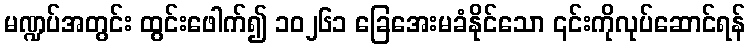
မဏ္ဍပ်အတွင်း ထွင်းဖေါက်၍ ၁၀၂၆၁ ခြေအေးမခံနိုင်သော ၎င်းကိုလုပ်ဆောင်ရန်